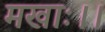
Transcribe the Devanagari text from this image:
मखाः।।